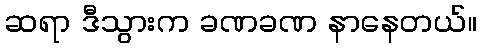
ဆရာ ဒီသွားက ခဏခဏ နာနေတယ်။